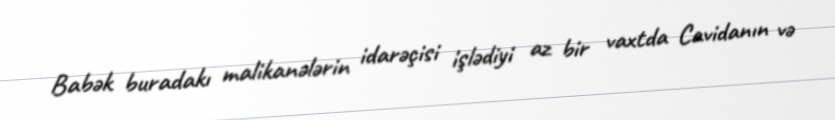
Babək buradakı malikanələrin idarəçisi işlədiyi az bir vaxtda Cavidanın və